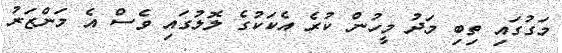
މަގުގައި ތިބި މަދު މީހުން ކުރެ އެކަކުގެ ލޮލުގައި ވެސް އެ މަންޒަރު